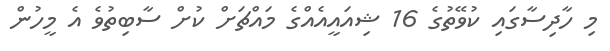
މި ހާދިސާގައި ކުވޭތުގެ 16 ޝިއައީއެއްގެ މައްޗަށް ކުށް ސާބިތުވެ އެ މީހުން